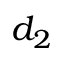
d _ { 2 }